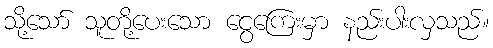
သို့သော် သူတို့ပေးသော ငွေကြေးမှာ နည်းပါးလှသည်။